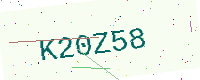
Text: K20Z58